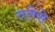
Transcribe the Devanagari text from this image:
तलेसे